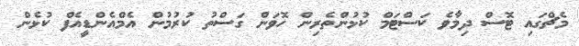
މެޗްގައި ޓޮސް ދިމާވެ ކަސްޓަމް ކުޅުންތެރިން ހޮވަން ގަސްތު ކުރުމުން އެމްއެންޑީއެފް ކުޅެން